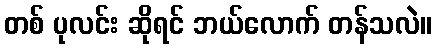
တစ် ပုလင်း ဆိုရင် ဘယ်လောက် တန်သလဲ။